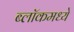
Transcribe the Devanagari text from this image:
ब्लॉकमध्‍ये